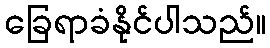
ခြေရာခံနိုင်ပါသည်။